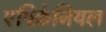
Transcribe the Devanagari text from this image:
एपिक्रेनियल